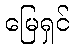
မြေရှင်